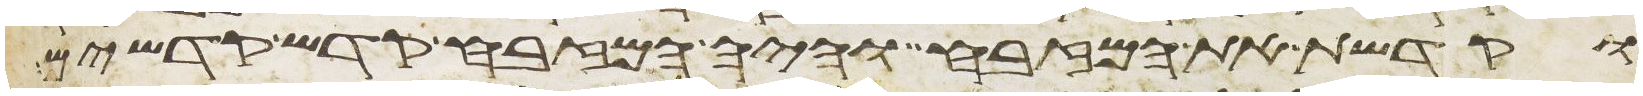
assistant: וקדשת את המזבח והיה המזבח קדש קדשים